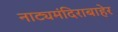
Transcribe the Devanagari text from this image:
नाट्यमंदिराबाहेर